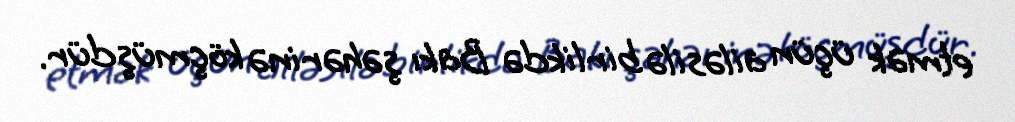
etmək üçün ailəsilə birlikdə Bakı şəhərinə köçmüşdür.